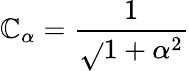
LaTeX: \mathbb{C}_{\alpha}=\frac{{1}}{{\sqrt{}{{1+\alpha^{2}}}}}